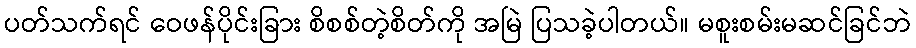
ပတ်သက်ရင် ဝေဖန်ပိုင်းခြား စိစစ်တဲ့စိတ်ကို အမြဲ ပြသခဲ့ပါတယ်။ မစူးစမ်းမဆင်ခြင်ဘဲ